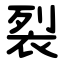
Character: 裂